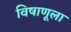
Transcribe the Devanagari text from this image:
विषाणूला